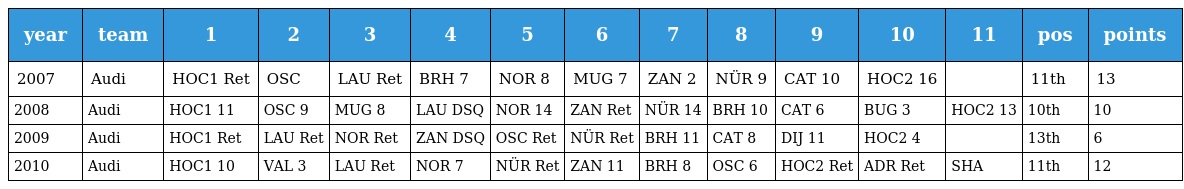
| year | team | 1 | 2 | 3 | 4 | 5 | 6 | 7 | 8 | 9 | 10 | 11 | pos | points |
 | --- | --- | --- | --- | --- | --- | --- | --- | --- | --- | --- | --- | --- | --- | --- |
 | 2007 | Audi | HOC1 Ret | OSC | LAU Ret | BRH 7 | NOR 8 | MUG 7 | ZAN 2 | NÜR 9 | CAT 10 | HOC2 16 |  | 11th | 13 |
 | 2008 | Audi | HOC1 11 | OSC 9 | MUG 8 | LAU DSQ | NOR 14 | ZAN Ret | NÜR 14 | BRH 10 | CAT 6 | BUG 3 | HOC2 13 | 10th | 10 |
 | 2009 | Audi | HOC1 Ret | LAU Ret | NOR Ret | ZAN DSQ | OSC Ret | NÜR Ret | BRH 11 | CAT 8 | DIJ 11 | HOC2 4 |  | 13th | 6 |
 | 2010 | Audi | HOC1 10 | VAL 3 | LAU Ret | NOR 7 | NÜR Ret | ZAN 11 | BRH 8 | OSC 6 | HOC2 Ret | ADR Ret | SHA | 11th | 12 |